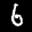
Label: 6